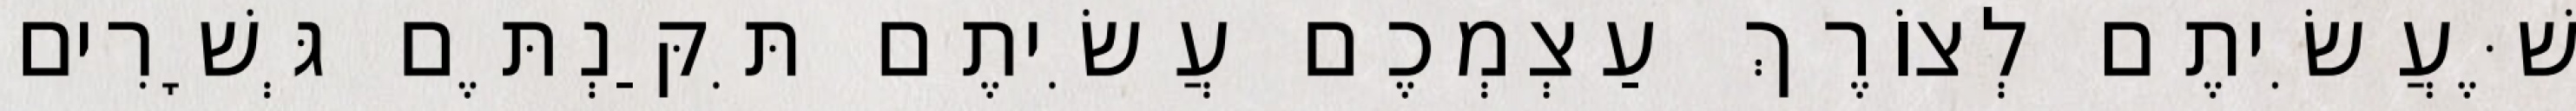
שֶּׁעֲשִׂיתֶם לְצוֹרֶךְ עַצְמְכֶם עֲשִׂיתֶם תִּקַּנְתֶּם גְּשָׁרִים